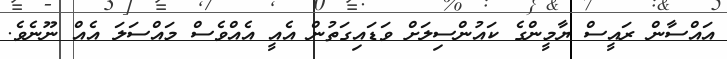
އައްސާން ރައީސް ޔާމީންގެ ކައުންސިލަށް ވަޑައިގަތުން އެއީ އެއްވެސް މައްސަލަ އެއް ނޫނެވެ.